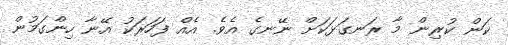
ކަން ކުރިން މާ ރަނގަޅަކަށް ނޭނގެ އެވެ. އެއް ފަހަރަކު އޭނާ ހިންގަމުން